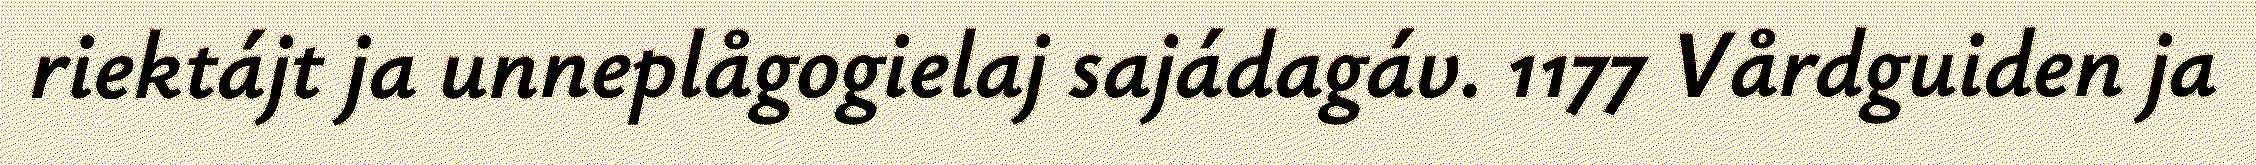
riektájt ja unneplågogielaj sajádagáv. 1177 Vårdguiden ja